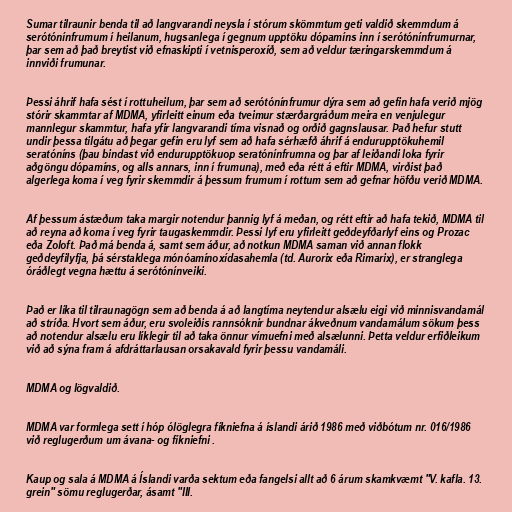
Sumar tilraunir benda til að langvarandi neysla í stórum skömmtum geti valdið skemmdum á
serótónínfrumum í heilanum, hugsanlega í gegnum upptöku dópamíns inn í serótónínfrumurnar,
þar sem að það breytist við efnaskipti í vetnisperoxíð, sem að veldur tæringarskemmdum á
innviði frumunar.

Þessi áhrif hafa sést í rottuheilum, þar sem að serótónínfrumur dýra sem að gefin hafa verið mjög
stórir skammtar af MDMA, yfirleitt einum eða tveimur stærðargráðum meira en venjulegur
mannlegur skammtur, hafa yfir langvarandi tíma visnað og orðið gagnslausar. Það hefur stutt
undir þessa tilgátu að þegar gefin eru lyf sem að hafa sérhæfð áhrif á endurupptökuhemil
seratóníns (þau bindast við endurupptökuop seratónínfrumna og þar af leiðandi loka fyrir
aðgöngu dópamíns, og alls annars, inn í frumuna), með eða rétt á eftir MDMA, virðist það
algerlega koma í veg fyrir skemmdir á þessum frumum í rottum sem að gefnar höfðu verið MDMA.

Af þessum ástæðum taka margir notendur þannig lyf á meðan, og rétt eftir að hafa tekið, MDMA til
að reyna að koma í veg fyrir taugaskemmdir. Þessi lyf eru yfirleitt geðdeyfðarlyf eins og Prozac
eða Zoloft. Það má benda á, samt sem áður, að notkun MDMA saman við annan flokk
geðdeyfilyfja, þá sérstaklega mónóamínoxídasahemla (td. Aurorix eða Rimarix), er stranglega
óráðlegt vegna hættu á serótónínveiki.

Það er líka til tilraunagögn sem að benda á að langtíma neytendur alsælu eigi við minnisvandamál
að stríða. Hvort sem áður, eru svoleiðis rannsóknir bundnar ákveðnum vandamálum sökum þess
að notendur alsælu eru líklegir til að taka önnur vímuefni með alsælunni. Þetta veldur erfiðleikum
við að sýna fram á afdráttarlausan orsakavald fyrir þessu vandamáli.

MDMA og lögvaldið.

MDMA var formlega sett í hóp ólöglegra fíkniefna á íslandi árið 1986 með viðbótum nr. 016/1986
við reglugerðum um ávana- og fíkniefni .

Kaup og sala á MDMA á Íslandi varða sektum eða fangelsi allt að 6 árum skamkvæmt "V. kafla. 13.
grein" sömu reglugerðar, ásamt "III.